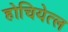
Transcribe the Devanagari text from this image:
होचियेत्ल